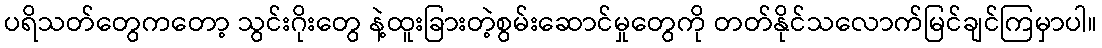
ပရိသတ်တွေကတော့ သွင်းဂိုးတွေ နဲ့ထူးခြားတဲ့စွမ်းဆောင်မှုတွေကို တတ်နိုင်သလောက်မြင်ချင်ကြမှာပါ။